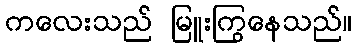
ကလေးသည် မြူးကြွနေသည်။